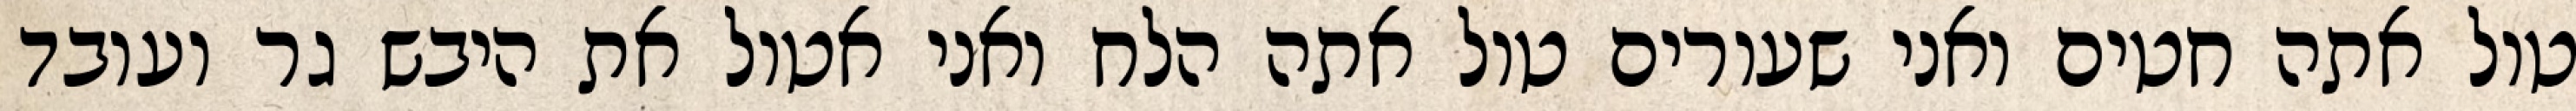
טול אתה חטים ואני שעורים טול אתה הלח ואני אטול את היבש גר ועובד